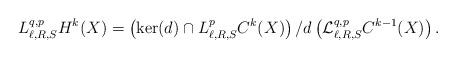
LaTeX: \begin{align*}L^{q,p}_{\ell,R,S}H^{k}(X)=\left(\mathrm{ker}(d)\cap L^{p}_{\ell,R,S}C^{k}(X)\right)/d\left(\mathcal{L}^{q,p}_{\ell,R,S}C^{k-1}(X)\right).\end{align*}